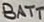
Text: BATT